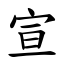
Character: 宣